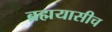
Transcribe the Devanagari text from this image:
ब्रह्मयासीच